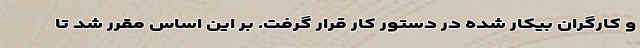
و کارگران بیکار شده در دستور کار قرار گرفت. بر این اساس مقرر شد تا